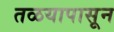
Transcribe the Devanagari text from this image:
तळयापासून